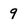
Character: 9